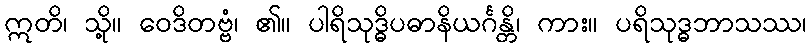
ဣတိ၊ သို့။ ဝေဒိတဗ္ဗံ၊ ၏။ ပါရိသုဒ္ဓိပဓာနိယင်္ဂန္တိ၊ ကား။ ပရိသုဒ္ဓဘာသဿ၊